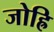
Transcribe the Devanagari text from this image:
जोह्रि